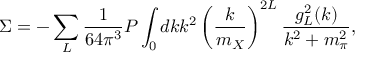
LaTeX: \Sigma = - \sum _ { L } { \frac { 1 } { 6 4 \pi ^ { 3 } } } { \cal P } \int _ { 0 } { d k k ^ { 2 } } \left( { \frac { k } { m _ { X } } } \right) ^ { 2 L } { \frac { g _ { L } ^ { 2 } ( k ) } { { k ^ { 2 } + m _ { \pi } ^ { 2 } } } } ,